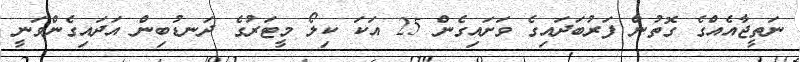
ނަތީޖާއެއްގެ ގޮތުން ފަރުބަދައިގެ ވަށައިގެން 25 އަކަ ކިލޯ މީޓަރުގެ ދަނޑުބިން އަދައިގެންވަނީ